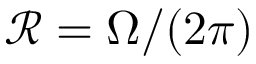
\mathcal { R } = \Omega / ( 2 \pi )